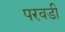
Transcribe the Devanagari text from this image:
परवडी